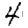
Digit: 4